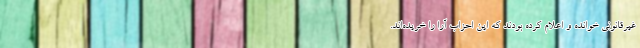
غیرقانونی خوانده و اعلام کرده بودند که این احزاب آرا را خریده‌اند.